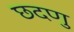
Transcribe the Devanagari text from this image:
छदणु